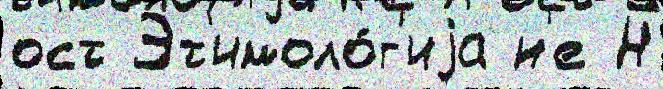
ост Эт'имоло́г'иjа н'е Н